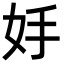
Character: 𡛊